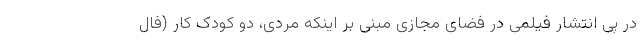
در پی انتشار فیلمی در فضای مجازی مبنی بر اینکه مردی، دو کودک کار (فال